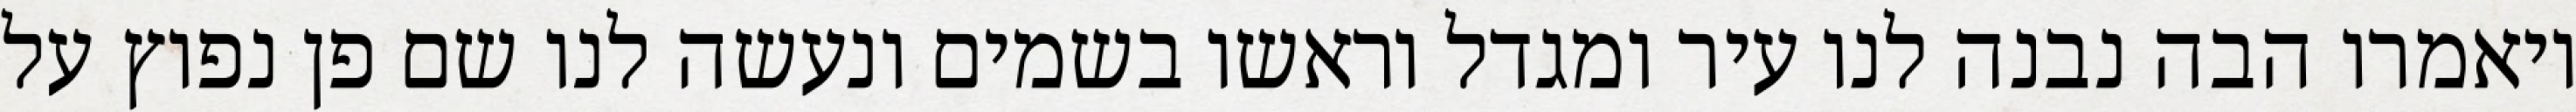
ויאמרו הבה נבנה לנו עיר ומגדל וראשו בשמים ונעשה לנו שם פן נפוץ על